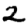
Digit: 2